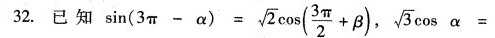
32.已知 $$\sin ( 3 π - α ) = \sqrt { 2 } \cos ( \frac { 3 π } { 2 } + β) $$ $$\sqrt { 3 } α =